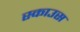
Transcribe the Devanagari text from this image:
स्काउस